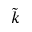
\tilde { k }